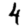
Digit: 4